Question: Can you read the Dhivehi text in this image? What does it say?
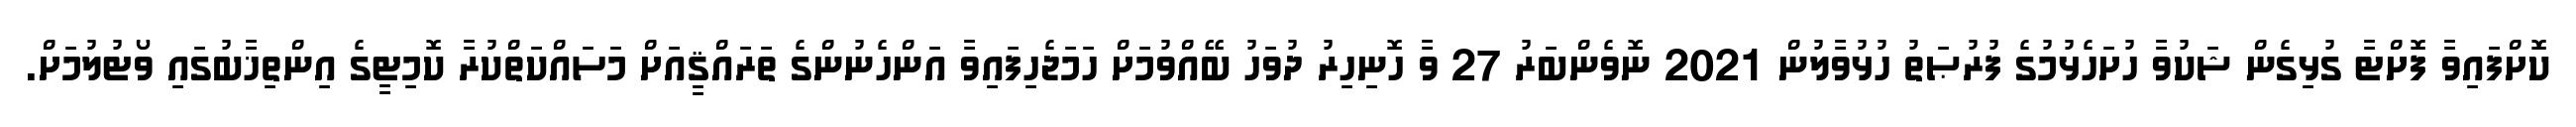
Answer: ކޮށްފައިވާ ފޮށްޓާ ގުޅިގެން ޝަކުވާ ހުށަހެޅުމުގެ ފުރުޞަތު ހުޅުވާލުން 2021 ނޮވެންބަރު 27 ވާ ހޮނިހިރު ދުވަހު ބޭއްވުމަށް ހަމަޖެހިފައިވާ އަންހެނުންގެ ތަރައްޤީއަށް މަސައްކަތްކުރާ ކޮމިޓީގެ އިންތިޚާބުގައި ވޯޓުލުމަށް.